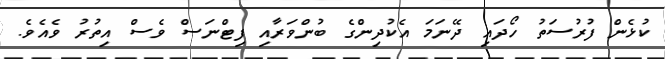
ކުޅެން ފުރުސަތު ހޯދައި ދޭނަމަ އެކުދިންގެ ބުންވަރާއި ފިޓްނަސް ވެސް އިތުރު ވެއެވެ.